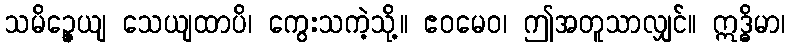
သမိဉ္ဇေယျ သေယျထာပိ၊ ကွေးသကဲ့သို့။ ဧဝမေဝ၊ ဤအတူသာလျှင်။ ဣဒ္ဓိမာ၊